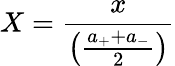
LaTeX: X=\frac{x}{\left(\frac{a_{+}+a_{-}}{2}\right)}